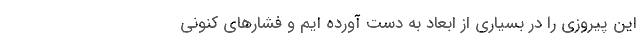
این پیروزی را در بسیاری از ابعاد به دست آورده ایم و فشارهای کنونی